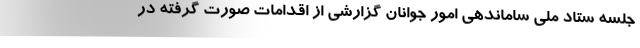
جلسه ستاد ملی ساماندهی امور جوانان گزارشی از اقدامات صورت گرفته در